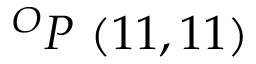
^ { O } P \ ( 1 1 , 1 1 )